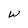
Character: W